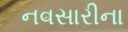
નવસારીના